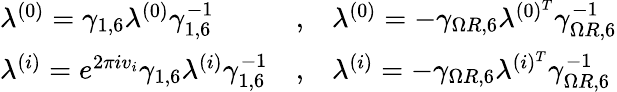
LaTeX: \begin{array}{lcl}{{\lambda^{(0)}=\gamma_{1,6}\lambda^{(0)}\gamma_{1,6}^{-1}}}&{{,}}&{{\lambda^{(0)}=-\gamma_{\Omega R,6}\lambda^{(0)^{T}}\gamma_{\Omega R,6}^{-1}}}\\ {{\lambda^{(i)}=e^{2\pi iv_{i}}\gamma_{1,6}\lambda^{(i)}\gamma_{1,6}^{-1}}}&{{,}}&{{\lambda^{(i)}=-\gamma_{\Omega R,6}\lambda^{(i)^{T}}\gamma_{\Omega R,6}^{-1}}}\end{array}